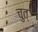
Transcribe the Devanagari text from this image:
चुत्